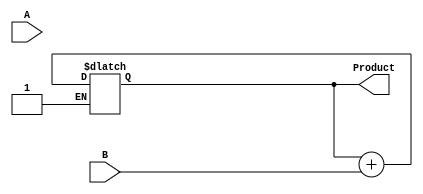
module Booth_Multiplier (
    input signed [7:0] A,
    input signed [7:0] B,
    output signed [15:0] Product
);

reg signed [15:0] partial_products[2:0];

initial begin
    partial_products[0] = 16'b0;
    partial_products[1] = {B, 8'b0};
    partial_products[2] = B;
end

always @* begin
    case({A, partial_products[2], partial_products[1]})
        3'b001: partial_products[0] = partial_products[0] + B;
        3'b010: partial_products[0] = partial_products[0] - B;
        3'b011: partial_products[0] = partial_products[0] + (B << 8);
        3'b100: partial_products[0] = partial_products[0] - (B << 8);
        default: partial_products[0] = partial_products[0];
    endcase
end

assign Product = partial_products[0];

endmodule